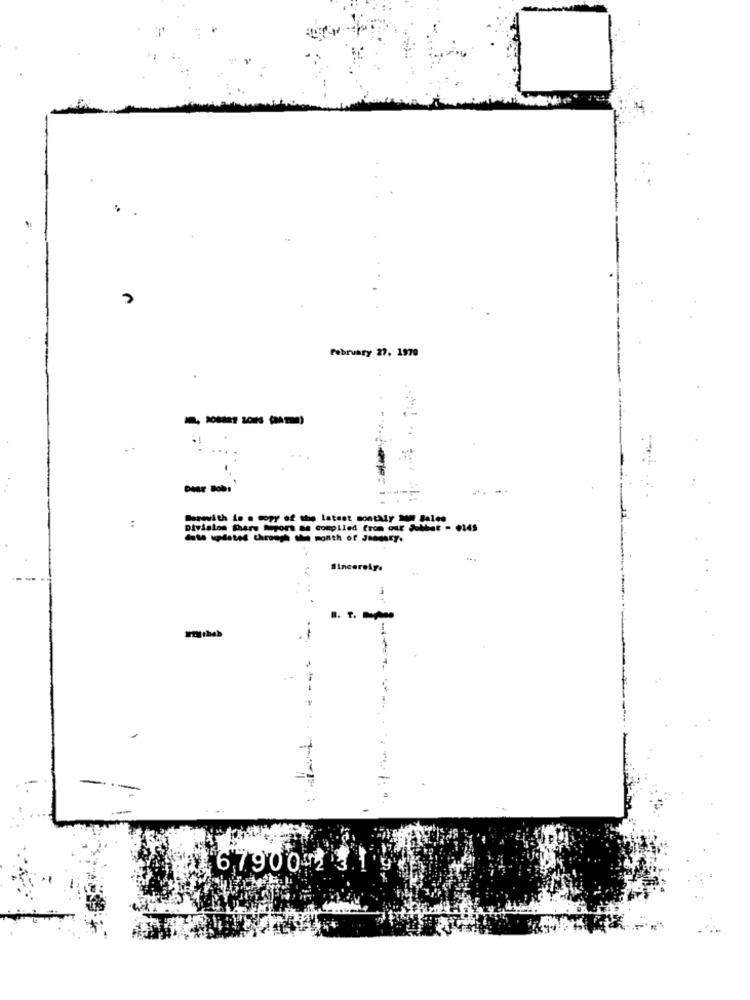
February 27. 1970
. .
Barewith in a copy of the latest monthly Mm Sales
:
Division Share Report an compiled from our Jobbet - 0145
dath updated through the month of Janmsty.
Sincerely.
--
--
6,79002 31